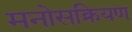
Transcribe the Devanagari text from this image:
मनोसक्रियण